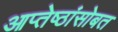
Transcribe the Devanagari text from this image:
आप्तेष्ठांसोबत